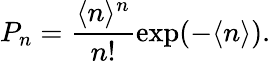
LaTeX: P_{n}=\frac{\langle n\rangle^{n}}{n!}\exp(-\langle n\rangle).